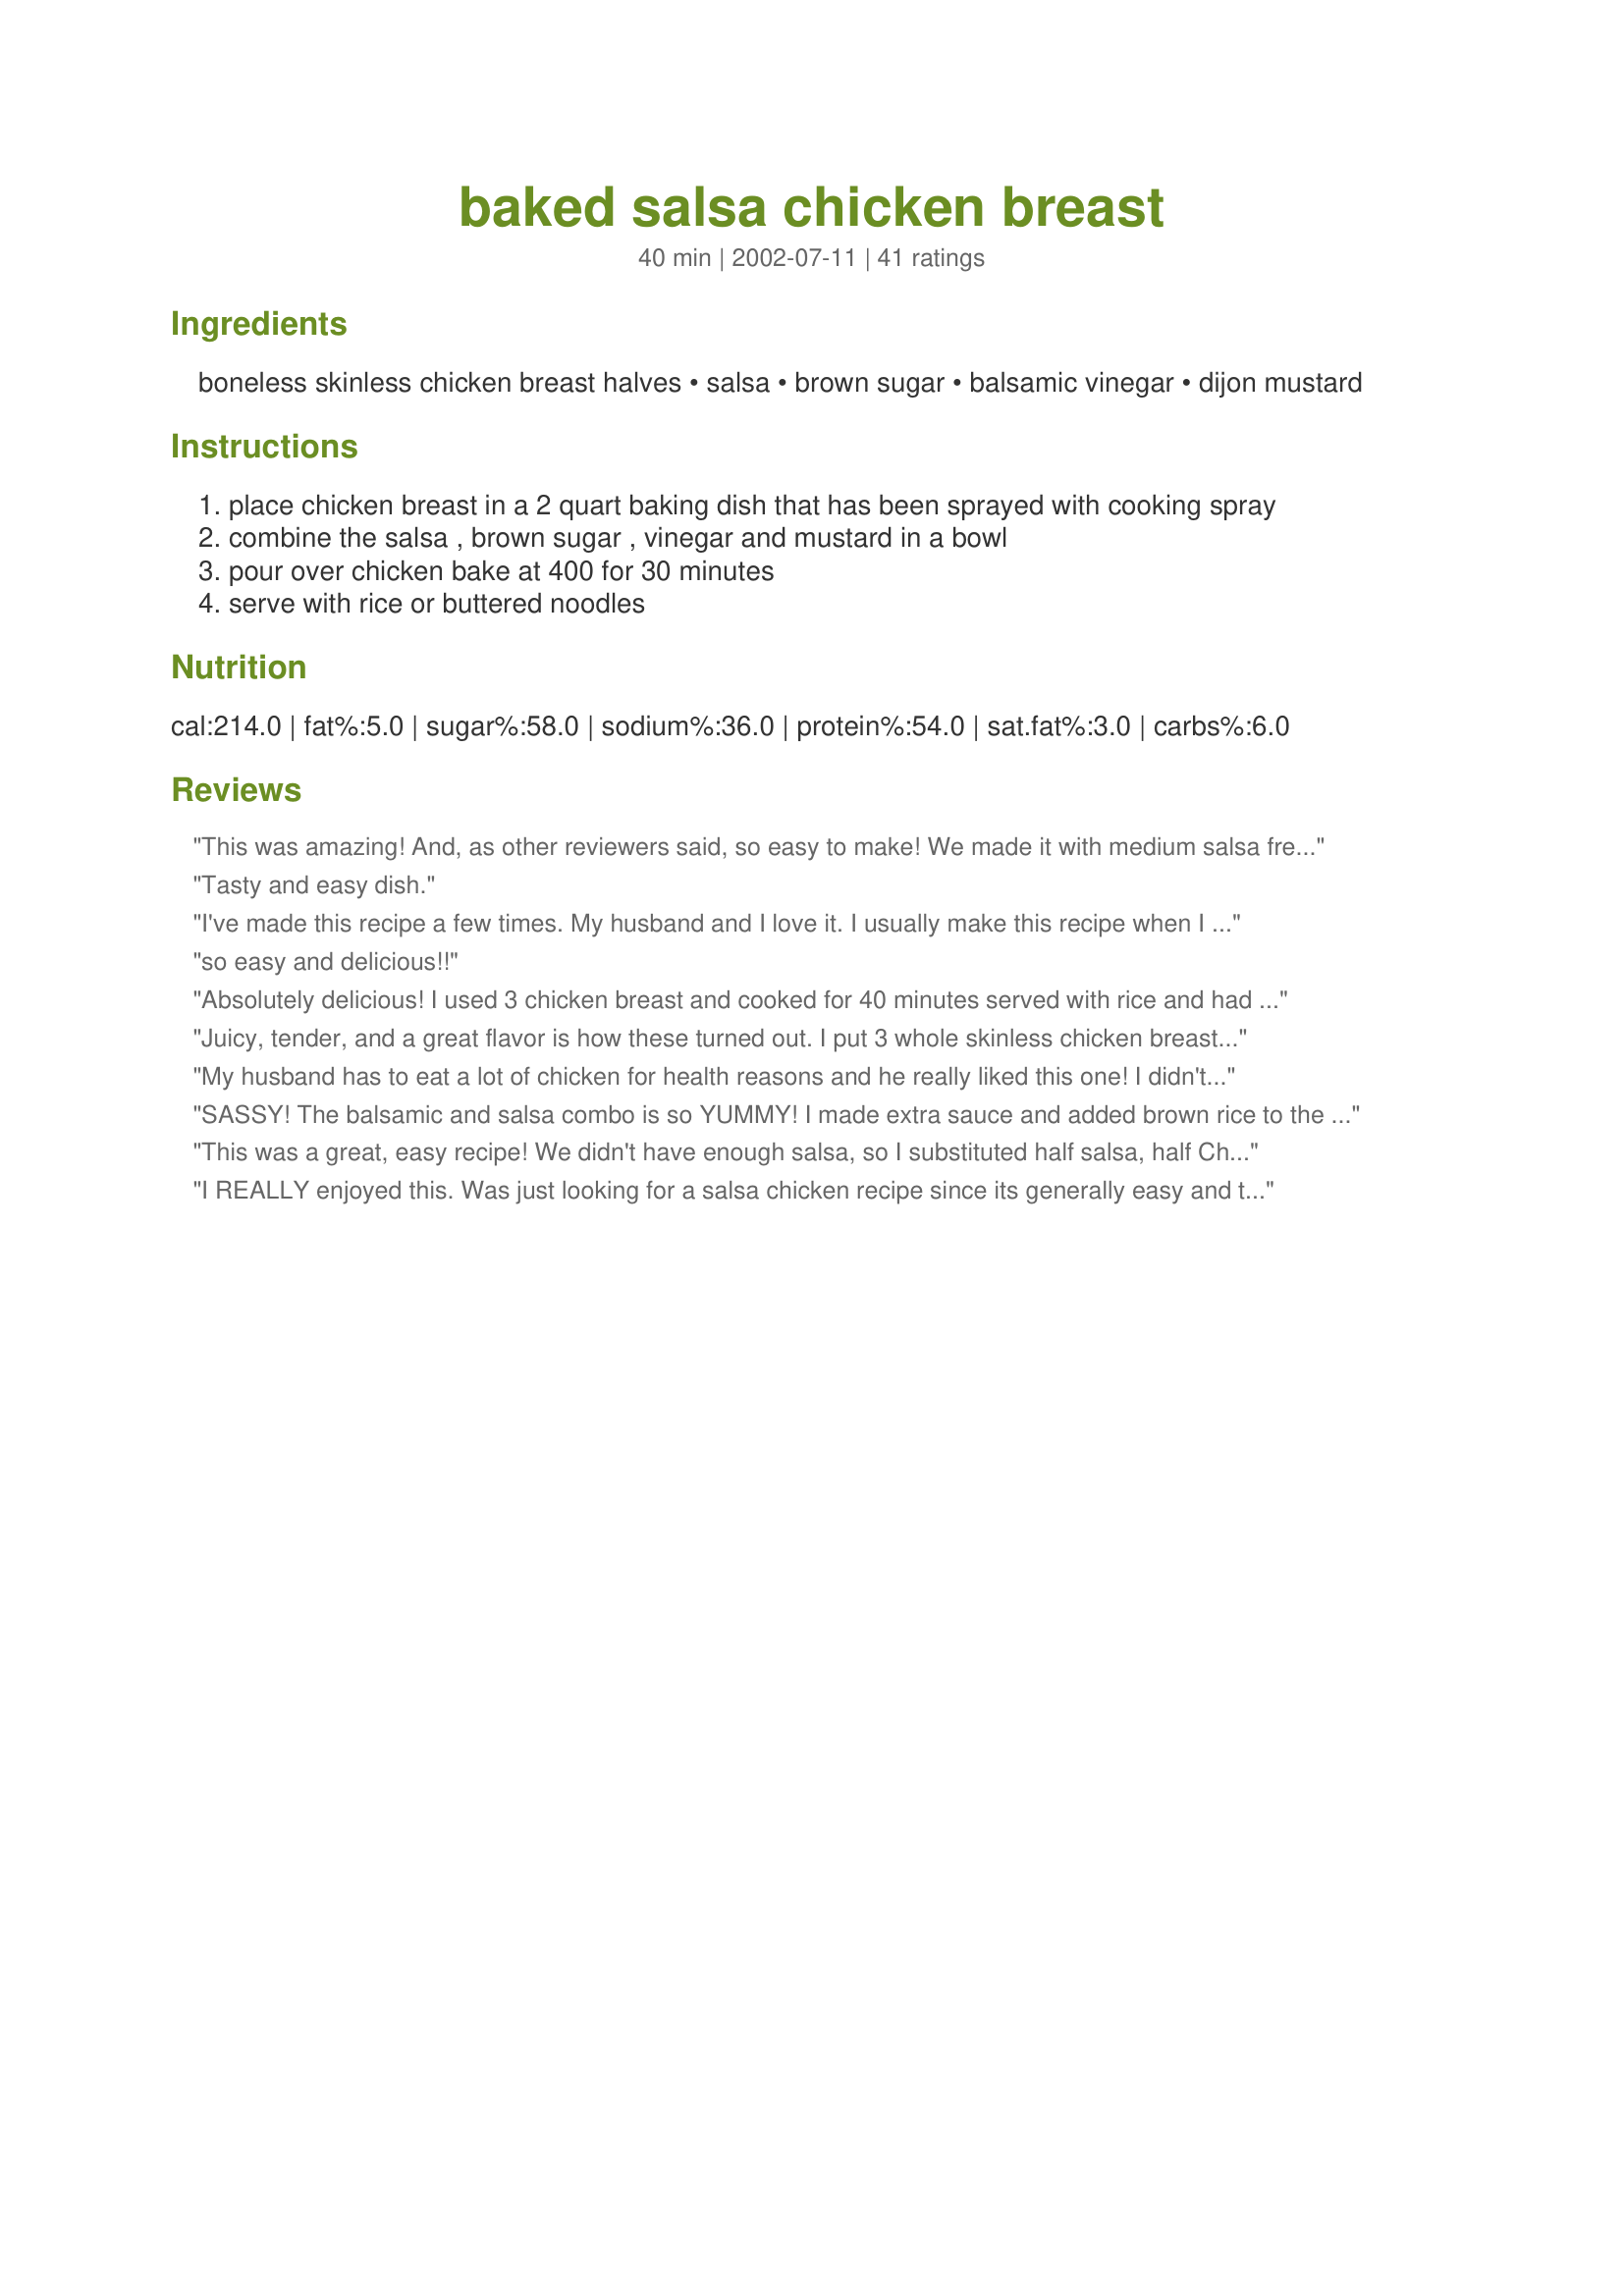
baked salsa chicken breast
Preparation time: 40 minutes

Ingredients:
boneless skinless chicken breast halves, salsa, brown sugar, balsamic vinegar, dijon mustard

Steps:
place chicken breast in a 2 quart baking dish that has been sprayed with cooking spray
combine the salsa , brown sugar , vinegar and mustard in a bowl
pour over chicken bake at 400 for 30 minutes
serve with rice or buttered noodles

Reviews:
This was amazing! And, as other reviewers said, so easy to make! We made it with medium salsa fresh from the deli and used fast fry chicken (so thin cut chicken) so that it baked faster (we did 375 F for 35 min and they were perfect). This will definitely be a repeat dinner!
Tasty and easy dish.
I've made this recipe a few times. My husband and I love it. I usually make this recipe when I don't know what else to do with chicken breast. Great recipe!!
so easy and delicious!!
Absolutely delicious!
I used 3 chicken breast and cooked for 40 minutes served with rice and had enough sauce to pour over everything..loved the flavours.
Juicy, tender, and a great flavor is how these turned out. I put 3 whole skinless chicken breast in the pan and there was plenty of salsa mix for all three. I did have to bake for about 1 hour 10 minutes total. You really need to try this recipe because it is so FAST to put together.
My husband has to eat a lot of chicken for health reasons and he really liked this one! I didn't have Dijon, so I just used a sprinkle of ground mustard. The pieces of meat I used were pretty thick and took about 45 minutes. Next time, I'm going to butterfly them so they get done faster. I made plain brown rice to go with it. Denise, thanks for a great recipe--it's a keeper!!!
SASSY! The balsamic and salsa combo is so YUMMY! I made extra sauce and added brown rice to the dish before cooking so it would be ready when we got home from t-ball. I also put a bit of low- fat mozz on the top. Next time I am going to add green olives - hubby's fav.
This was a great, easy recipe! We didn't have enough salsa, so I substituted half salsa, half Chili Sauce plus all the other ingredients. My 3 kids cleared their plates, and three out of five of us had seconds! Yum!
I REALLY enjoyed this. Was just looking for a salsa chicken recipe since its generally easy and tasty without much work, and though I was a bit skeptical about the vinegar, this recipe really elevated salsa chicken. A really complex sauce for 5 minute preparation! I&#039;ve made it twice in the last 2 weeks and it was just as good the second time around.
I made this recipe last night for the first time. It is sooooooo easy to make and tastes quite yummy. I cooked 4 chicken breasts, a little over a pound in total weight, at 350 degrees for 40 minutes and it was perfect. Had it over pasta and and loved it. A keeper. Thanks Denise
This is a fantastic, fast recipe! I had all the ingredients on hand and just before it came out of the oven, I popped a bag of rice in the microwave. I also fixed black beans (I recommended doctoring them up with 1 gr. pepper, 1 sm. onion, sizable bunch of cilantro, heaping tsp. of garlic and a little chicken broth) on the stove top. The flavors blend nicely and I enjoyed leftovers the next day. Thanks for the "keeper!"
Made this last night, Fantastic. I am all for quick and easy recipes that taste great. I love the ingredients as they are the kind you always have on hand. It is one of those no brainer midweek meals, where you want something that tastes great without loads of prep and effort. I served mine with saffron rice. Love it, will definetely make again, thanks for posting.
This was very good, a quick last minute recipe. I put on a pot of yellow rice and threw some sweet corn in it. Yummy. They went together perfectly. I can't wait to make this again. Thank you so much for this recipe.
Made it tonight, loved the mixture of salsa and brown sugar, just really well, everyone said they loved it. I have a bigger family than the serving size so I made more chicken, I would cook the chicken for an hour and it was moist and very good. Totally recommend the recipe.
I cut the recipe in half and it was great - a fast and easy recipe! Thanks!
This was quick and easy and my hubby loved it! I didn't have dijon mustard so I used spicy brown mustard and it tasted really good!!! It probably gave it an extra kick... Thank you!
I made this last night for dinner,it was easy to put together! I used Newman's mild pineapple salsa,the sauce tasted yummy served over rice! DH really liked this recipe! I will definately make this again!
Made this tonight using the fresh salsa you buy at the the grocery store deli or refrigerated section, the salsa in a plastic container. I used three breasts which I butterflied. I followed directions exactly. I loved it! Initially after mixing the sauce and tasting before cooking, I was a little unsure. I put it in the oven and hoped for the best and was pleasantly surprised. My 8 year old liked it, my 11 year old ate it which is all I can hope for, and my 5 year old loved it and asked for seconds. The ease of preparation and the finished result are amazing. My husband hasn't tried it yet but he's usually no better than the 11 year old with new recipes so I guess we'll see. If he likes it, it will be a weekly dish.
Simply amazing. Easy and Delicious. A must for busy nights!!
Outstanding!! I used home made salsa in this - upped the quantities to serve a dinner party of 7 and everyone adored this dish. My son wants the recipe to take back to college, and with four ingredients it's a sure bet it'll succeed for him, too! Great, great, great.
This was surprisingly good for something so easy to prepare. When short on time recipes like this save the day. This is a real keeper. Thank you Denise.
Good, easy recipe. My sauce didn't thicken at all, I think I would have liked it a bit better if it had. I butterflied 3 breasts and they cooked perfectly in 30 minutes. Served it with spiced couscous. Thanks!
This was sooo good, I halved the recipe, used tostitos salsa, and left out the brown sugar, and it was delicious. I had to end up putting water on the bottom of the pan because the sauce on the bottom was burning, but my chicken was so moist, next time I will put aluminum foil underneath it. This is a keeper!
I went looking for something different to do with the chicken breast I had on hand for dinner and this was a wonderful discovery. My husband and son loved it. Thanks for a new family favorite!!
I've cooked this a dozen times. Why? Because it is excellent.
This was really tasty,one of the better 5 star recipes I've tried on zaar.Loved the sause.will make again! Thanks for the recipe.
Made this today and it was fabulous!! Used 3 chicken breast and medium salsa. I'll have leftovers to make into pulled chicken burritos. I think it will be great.
Delicious! Quick and easy to prepare, and tasted great. Our chicken breasts were already cut into strips and I used my Mother-in-Law's homemade salsa. I reduced baking temperature to 350 degrees and they were done in 25 minutes when checked with a meat thermometer. This recipe is definitely a keeper.
This was really quick and delicious. I used Trader Joe's Smokey Peach Salsa.
What a quick and easy recipe to make. The chicken was flavorful and juicy. Delicious and healthy at the same time! We will be eating this more often! Thanks
I made as written. It was ok. Definitely very easy and I didn't need to cook any longer than 30 min. The sauce was very acidic - perhaps more sugar would have minimized this? We also had it straight up w/o rice or noodles. I would definitely recommend some sort of starch accompaniment - it was pretty potent.
Very good and quick! The family loved it!
I may as well toss all of my other recipes for this dish because this isn't your Mama's plain old salsa chicken! The flavors combined well, but each element shined on it's own in the dish. The balsamic gave it a sweetness, the salsa added the spicy and the brown sugar helped the sauce to thicken nicely and cling to the chicken. It took about 5 minutes to prep and I cooked 5 small/medium B/S breasts for 40 minutes and they were cooked perfectly. My kids loved it and my husband all but licked his plate! I served it with Recipe #21843 and it made for a very satisfying dinner. Thank you for posting! We have a winner!
I left off the mustard and used thighs instead of breasts and it turned out delicious! Very juicy and with a great, rich flavor.
We really liked this recipe. I used a jar of raspberry salsa and it was delicious. I will use regular salsa the next time. The chicken was very moist and tender. I used thick pieces of chicken so had to cook it a little longer. I used a meat thermometer to 180Â°. I will make this again.
Made this tonight for DH's birthday dinner, along with black beans, and he loved it! I used hot Arriba! roasted salsa with chipotle peppers, and boy, was it nice and zingy! I had two boneless skinless chicken breasts and two legs with skin and bones, so I browned the legs and cooked them separately for about 20 minutes, then browned the chicken breasts, then baked them as directed. Delicious! Loved how the vinegar, brown sugar, and dijon mustard really added a depth of flavor to the sauce. Thanks, Denise, for a lovely birthday dinner!
This is a fantastic recipe!! For such an unlikely combo of ingredients, this really came together nicely when baking. I used boneless skinless chicken thighs and I baked them for about 40 minutes. It made a lot of sauce - delicious over rice!
Yum, yum, yum yum!!!! Wonderful! The best mexican chicken ever! Super moist and the flavor was outstanding! Will definitely make again!
Really fast, easy and quite good. It's fantastic with Spanish Rice.
This was great! Quick and easy...I may add this one to our weekly rotation. I served it atop a bed of rice with black beans on the side. Also sprinkled mexican cheese on the top. Delicious!
